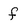
Character: f